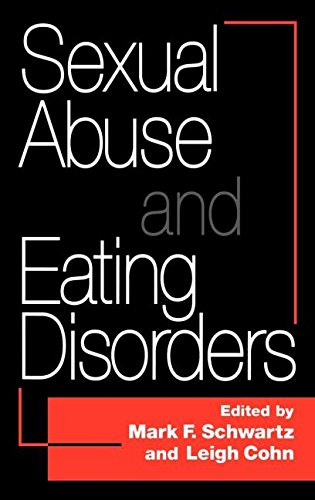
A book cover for Sexual Abuse And Eating Disorders; Health, Fitness & Dieting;